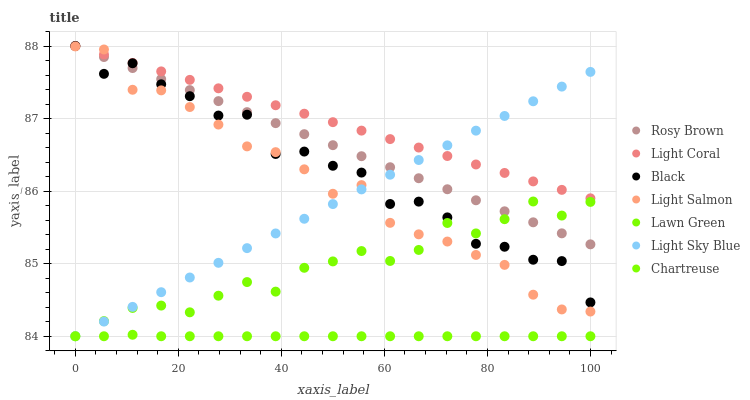
| xaxis_label | Rosy Brown | Light Coral | Black | Light Salmon | Lawn Green | Light Sky Blue | Chartreuse |
 | --- | --- | --- | --- | --- | --- | --- | --- |
 | 0 | 88 | 88 | 88 | 88 | 84 | 84 | 84 |
 | 5.56 | 87.8 | 87.9 | 87.6 | 88 | 84.2 | 84.2 | 84 |
 | 11.1 | 87.7 | 87.8 | 87.8 | 87.4 | 84.4 | 84.4 | 84 |
 | 16.7 | 87.5 | 87.7 | 87.5 | 87.4 | 84.4 | 84.6 | 84 |
 | 22.2 | 87.4 | 87.5 | 87.3 | 87.2 | 84.3 | 84.8 | 84 |
 | 27.8 | 87.2 | 87.4 | 87 | 86.9 | 84.6 | 85 | 84 |
 | 33.3 | 87.1 | 87.3 | 87.1 | 86.6 | 84.7 | 85.2 | 84 |
 | 38.9 | 86.9 | 87.2 | 86.5 | 86.5 | 84.6 | 85.4 | 84 |
 | 44.4 | 86.8 | 87.1 | 86.5 | 86.3 | 84.9 | 85.6 | 84 |
 | 50 | 86.6 | 87 | 86.3 | 86 | 85 | 85.8 | 84 |
 | 55.6 | 86.5 | 86.8 | 86.3 | 86.1 | 85.2 | 86 | 84 |
 | 61.1 | 86.3 | 86.7 | 85.8 | 85.6 | 85 | 86.2 | 84 |
 | 66.7 | 86.2 | 86.6 | 85.9 | 85.4 | 85.2 | 86.4 | 84 |
 | 72.2 | 86 | 86.5 | 85.6 | 85.3 | 85.6 | 86.6 | 84 |
 | 77.8 | 85.9 | 86.4 | 85.3 | 85.1 | 85.4 | 86.8 | 84 |
 | 83.3 | 85.7 | 86.3 | 85.2 | 85 | 85.6 | 87 | 84 |
 | 88.9 | 85.6 | 86.1 | 85.1 | 84.6 | 85.9 | 87.2 | 84 |
 | 94.4 | 85.4 | 86 | 85 | 84.4 | 85.7 | 87.4 | 84 |
 | 100 | 85.3 | 85.9 | 84.5 | 84.3 | 85.9 | 87.6 | 84 |